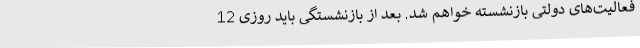
فعالیت‌های دولتی بازنشسته خواهم شد. بعد از بازنشستگی باید روزی 12